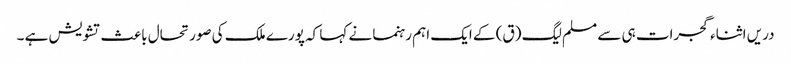
دریں اثناء گجرات ہی سے مسلم لیگ (ق) کے ایک اہم رہنما نے کہا کہ پورے ملک کی صورتحال باعث تشویش ہے ۔